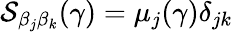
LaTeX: \mathcal{S}_{\beta_{j}\beta_{k}}(\gamma)=\mu_{j}(\gamma)\delta_{jk}